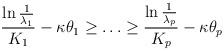
LaTeX: \begin{align*}\frac{\ln \frac{1}{\lambda_{1}}}{K_{1}} -\kappa \theta_{1}\geq \ldots\geq\frac{\ln \frac{1}{\lambda_{p}}}{K_{p}} -\kappa \theta_{p}\end{align*}